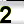
Digit: 2